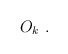
\begin{align*}O_k \ .\end{align*}